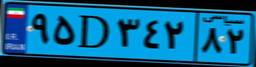
۲۳D۷۲۴۵۲